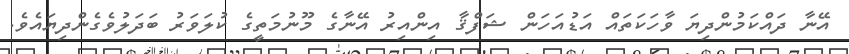
އޭނާ ދައްކަމުންދިޔަ ވާހަކަތައް އަޑުއަހަން ޝަފްޤާ އިންއިރު އޭނާގެ މޫނުމަތީގެ ކުލަވަރު ބަދަލުވެގެންދިޔައެވެ.